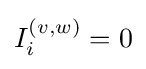
I_{i}^{(v,w)}=0